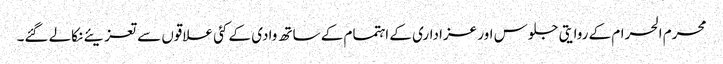
محرم الحرام کے روایتی جلوس اور عزاداری کے اہتمام کے ساتھ وادی کے کئی علاقوں سے تعزیئے نکالے گئے۔